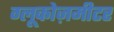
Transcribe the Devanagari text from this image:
ग्लूकोज़मीटर